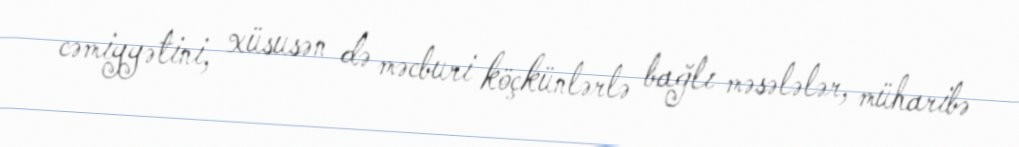
cəmiyyətini, xüsusən də məcburi köçkünlərlə bağlı məsələlər, müharibə